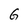
Character: G